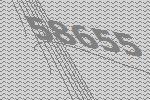
58655